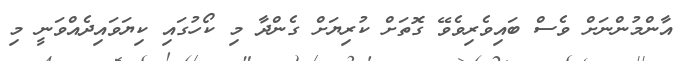
އާންމުންނަށް ވެސް ބައިވެރިވެވޭ ގޮތަށް ކުރިޔަށް ގެންދާ މި ކޯހުގައި ކިޔަވައިދެއްވަނީ މި